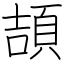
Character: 頡